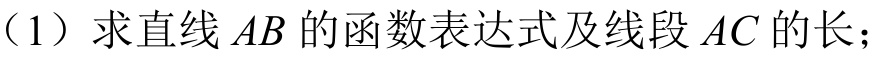
（1）求直线\(AB\)的函数表达式及线段\(AC\)的长；